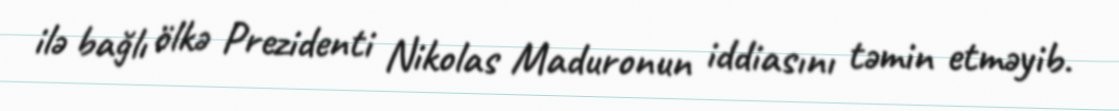
ilə bağlı ölkə Prezidenti Nikolas Maduronun iddiasını təmin etməyib.